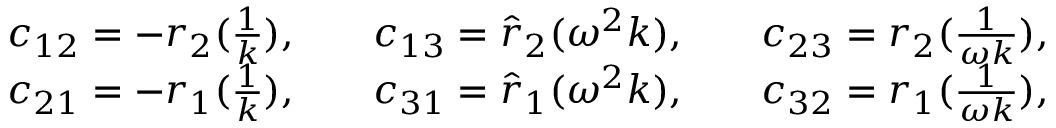
\begin{array} { r l r l r l } & { c _ { 1 2 } = - r _ { 2 } ( \frac { 1 } { k } ) , } & & { c _ { 1 3 } = \hat { r } _ { 2 } ( \omega ^ { 2 } k ) , } & & { c _ { 2 3 } = r _ { 2 } ( \frac { 1 } { \omega k } ) , } \\ & { c _ { 2 1 } = - r _ { 1 } ( \frac { 1 } { k } ) , } & & { c _ { 3 1 } = \hat { r } _ { 1 } ( \omega ^ { 2 } k ) , } & & { c _ { 3 2 } = r _ { 1 } ( \frac { 1 } { \omega k } ) , } \end{array}